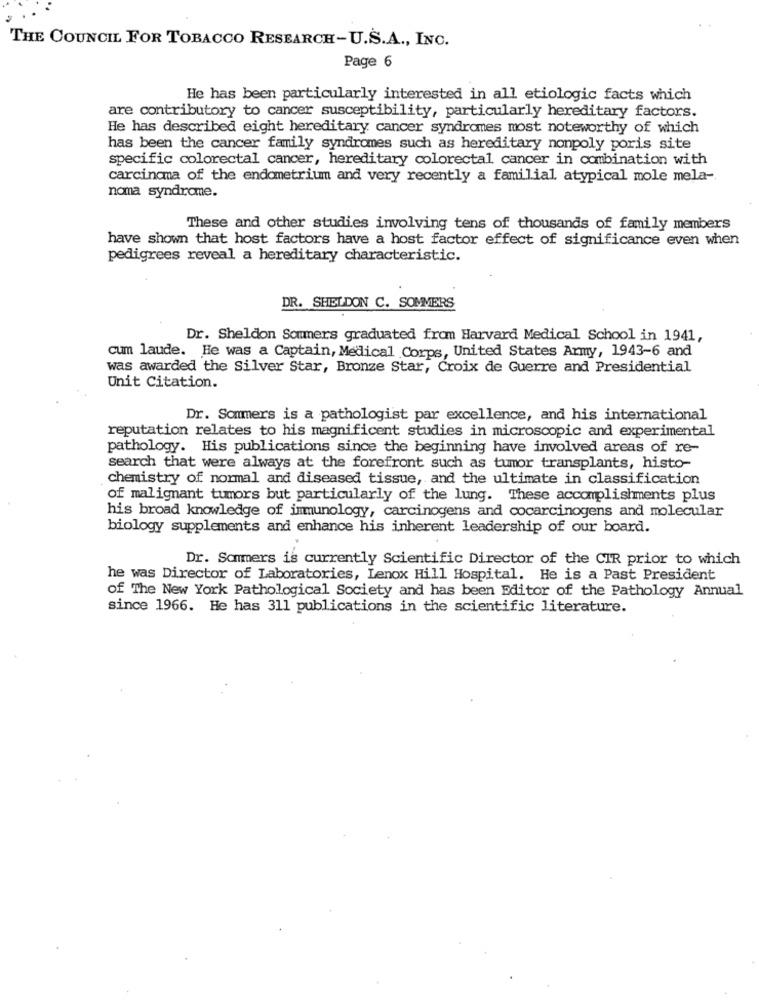
THE COUNCIL FOR TOBACCO RESEARCH-U.S.A ., INC.
Page 6
He has been particularly interested in all etiologic facts which
are contributory to cancer susceptibility, particularly hereditary factors.
He has described eight hereditary cancer syndromes most noteworthy of which
has been the cancer family syndromes such as hereditary nonpoly poris site
specific colorectal cancer, hereditary colorectal cancer in combination with
carcinoma of the endometrium and very recently a familial atypical mole mela-
noma syndrome.
These and other studies involving tens of thousands of family members
have shown that host factors have a host factor effect of significance even when
pedigrees reveal a hereditary characteristic.
DR. SHELDON C. SOMMERS
Dr. Sheldon Sommers graduated from Harvard Medical School in 1941,
cum laude. He was a Captain, Medical Corps, United States Army, 1943-6 and
was awarded the Silver Star, Bronze Star, Croix de Guerre and Presidential
Unit Citation.
Dr. Sommers is a pathologist par excellence, and his international
reputation relates to his magnificent studies in microscopic and experimental
pathology. His publications since the beginning have involved areas of re-
search that were always at the forefront such as tumor transplants, histo-
chemistry of normal and diseased tissue, and the ultimate in classification
of malignant tumors but particularly of the lung. These accomplishments plus
his broad knowledge of immunology, carcinogens and cocarcinogens and molecular
biology supplements and enhance his inherent leadership of our board.
Dr. Sommers is currently Scientific Director of the CIR prior to which
he was Director of Laboratories, Lenox Hill Hospital. He is a Past President
of The New York Pathological Society and has been Editor of the Pathology Annual
since 1966. He has 311 publications in the scientific literature.